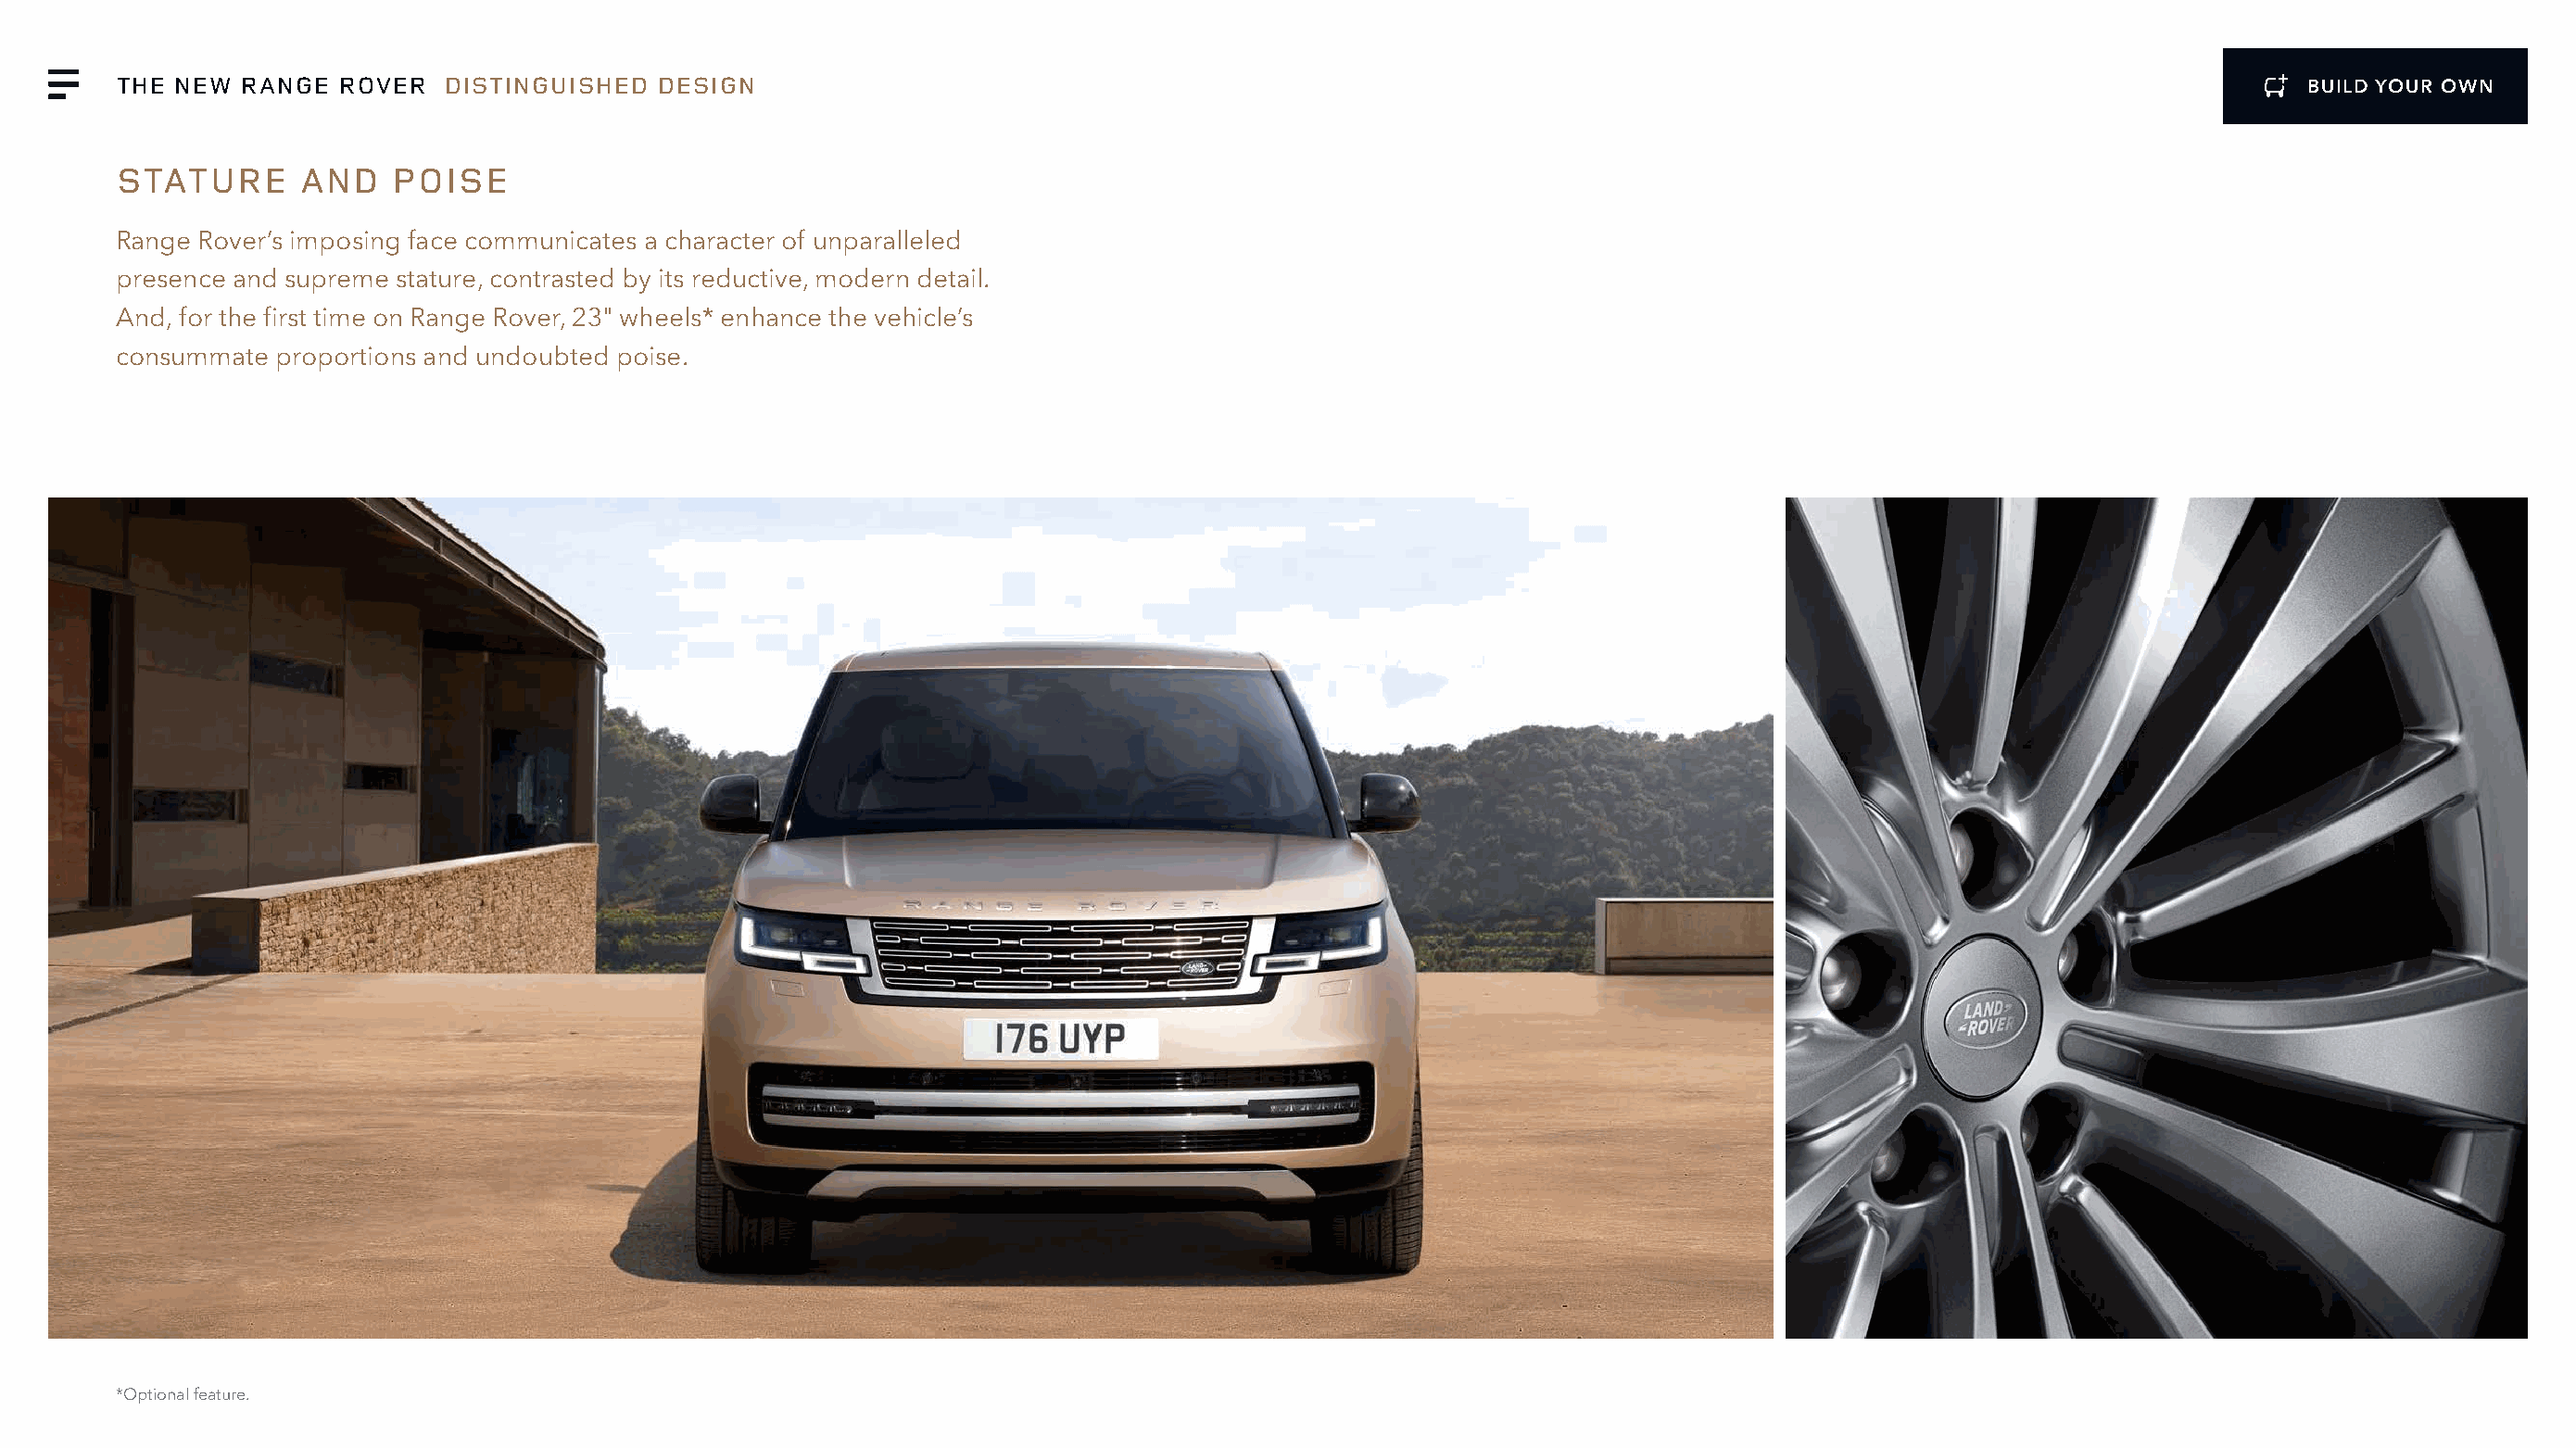
THE NEW  RANGE  ROVER   DISTINGUISHED  DESIGN                                                                                                                BUILD YOUR OWN
 STATURE      AND    POISE
 Range Rover’s imposing face communicates a character of unparalleled
 presence and supreme stature, contrasted by its reductive, modern detail.
 And, for the first time on Range Rover, 23" wheels* enhance the vehicle’s
 consummate  proportions and undoubted poise.
 *Optional feature.